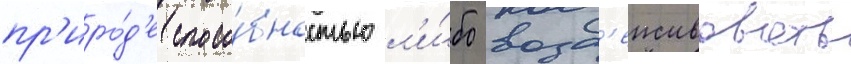
пр'иро́д'е спосо́бностью л'и́бо возд'еиствовать